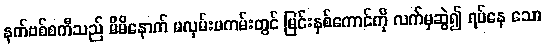
နက်ဗစ်စကီသည် မိမိနောက် မလှမ်းမကမ်းတွင် မြင်းနှစ်ကောင်ကို လက်မှဆွဲ၍ ရပ်နေ သော